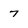
Character: 7